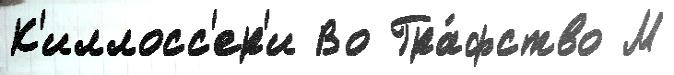
К'иллосс'ер'и Во Гра́фство М